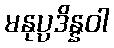
မနုပ္ပဒိန္နဝါ